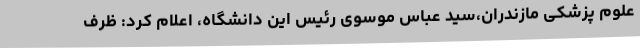
علوم پزشکی مازندران،سید عباس موسوی رئیس این دانشگاه، اعلام کرد: ظرف